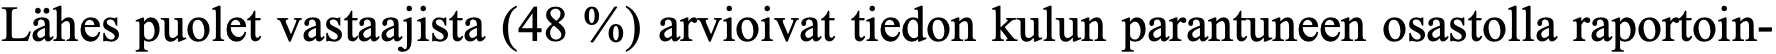
Lähes puolet vastaajista (48 %) arvioivat tiedon kulun parantuneen osastolla raportoin-